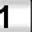
Digit: 1